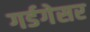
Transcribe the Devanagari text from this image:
गर्डगेसर